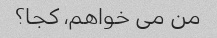
من می خواهم، کجا؟